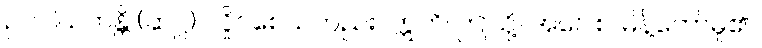
ဥပဝါယတန္တိ (ဆဋ္ဌ)၊ လှိုင်စေသတည်း။ ဣတိ၊ ဤသို့။ အဝေါစ၊ မိန့်တော်မူ၏။